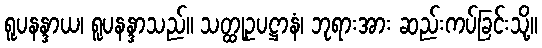
ရူပနန္ဒာယ၊ ရူပနန္ဒာသည်။ သတ္ထုဥပဋ္ဌာနံ၊ ဘုရားအား ဆည်းကပ်ခြင်းသို့။